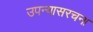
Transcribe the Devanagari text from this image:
उपन्यासरचना